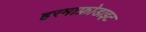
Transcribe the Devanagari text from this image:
हरमाफ्रोडाइट